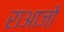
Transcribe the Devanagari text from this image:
राआजों